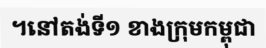
។នៅតង់ទី១ ខាងក្រុមកម្ពុជា